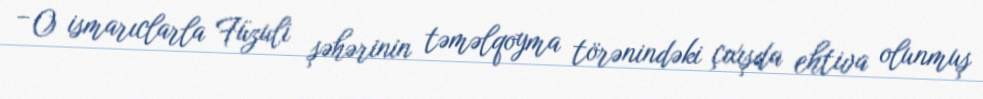
– O ismarıclarla Füzuli şəhərinin təməlqoyma törənindəki çıxışda ehtiva olunmuş